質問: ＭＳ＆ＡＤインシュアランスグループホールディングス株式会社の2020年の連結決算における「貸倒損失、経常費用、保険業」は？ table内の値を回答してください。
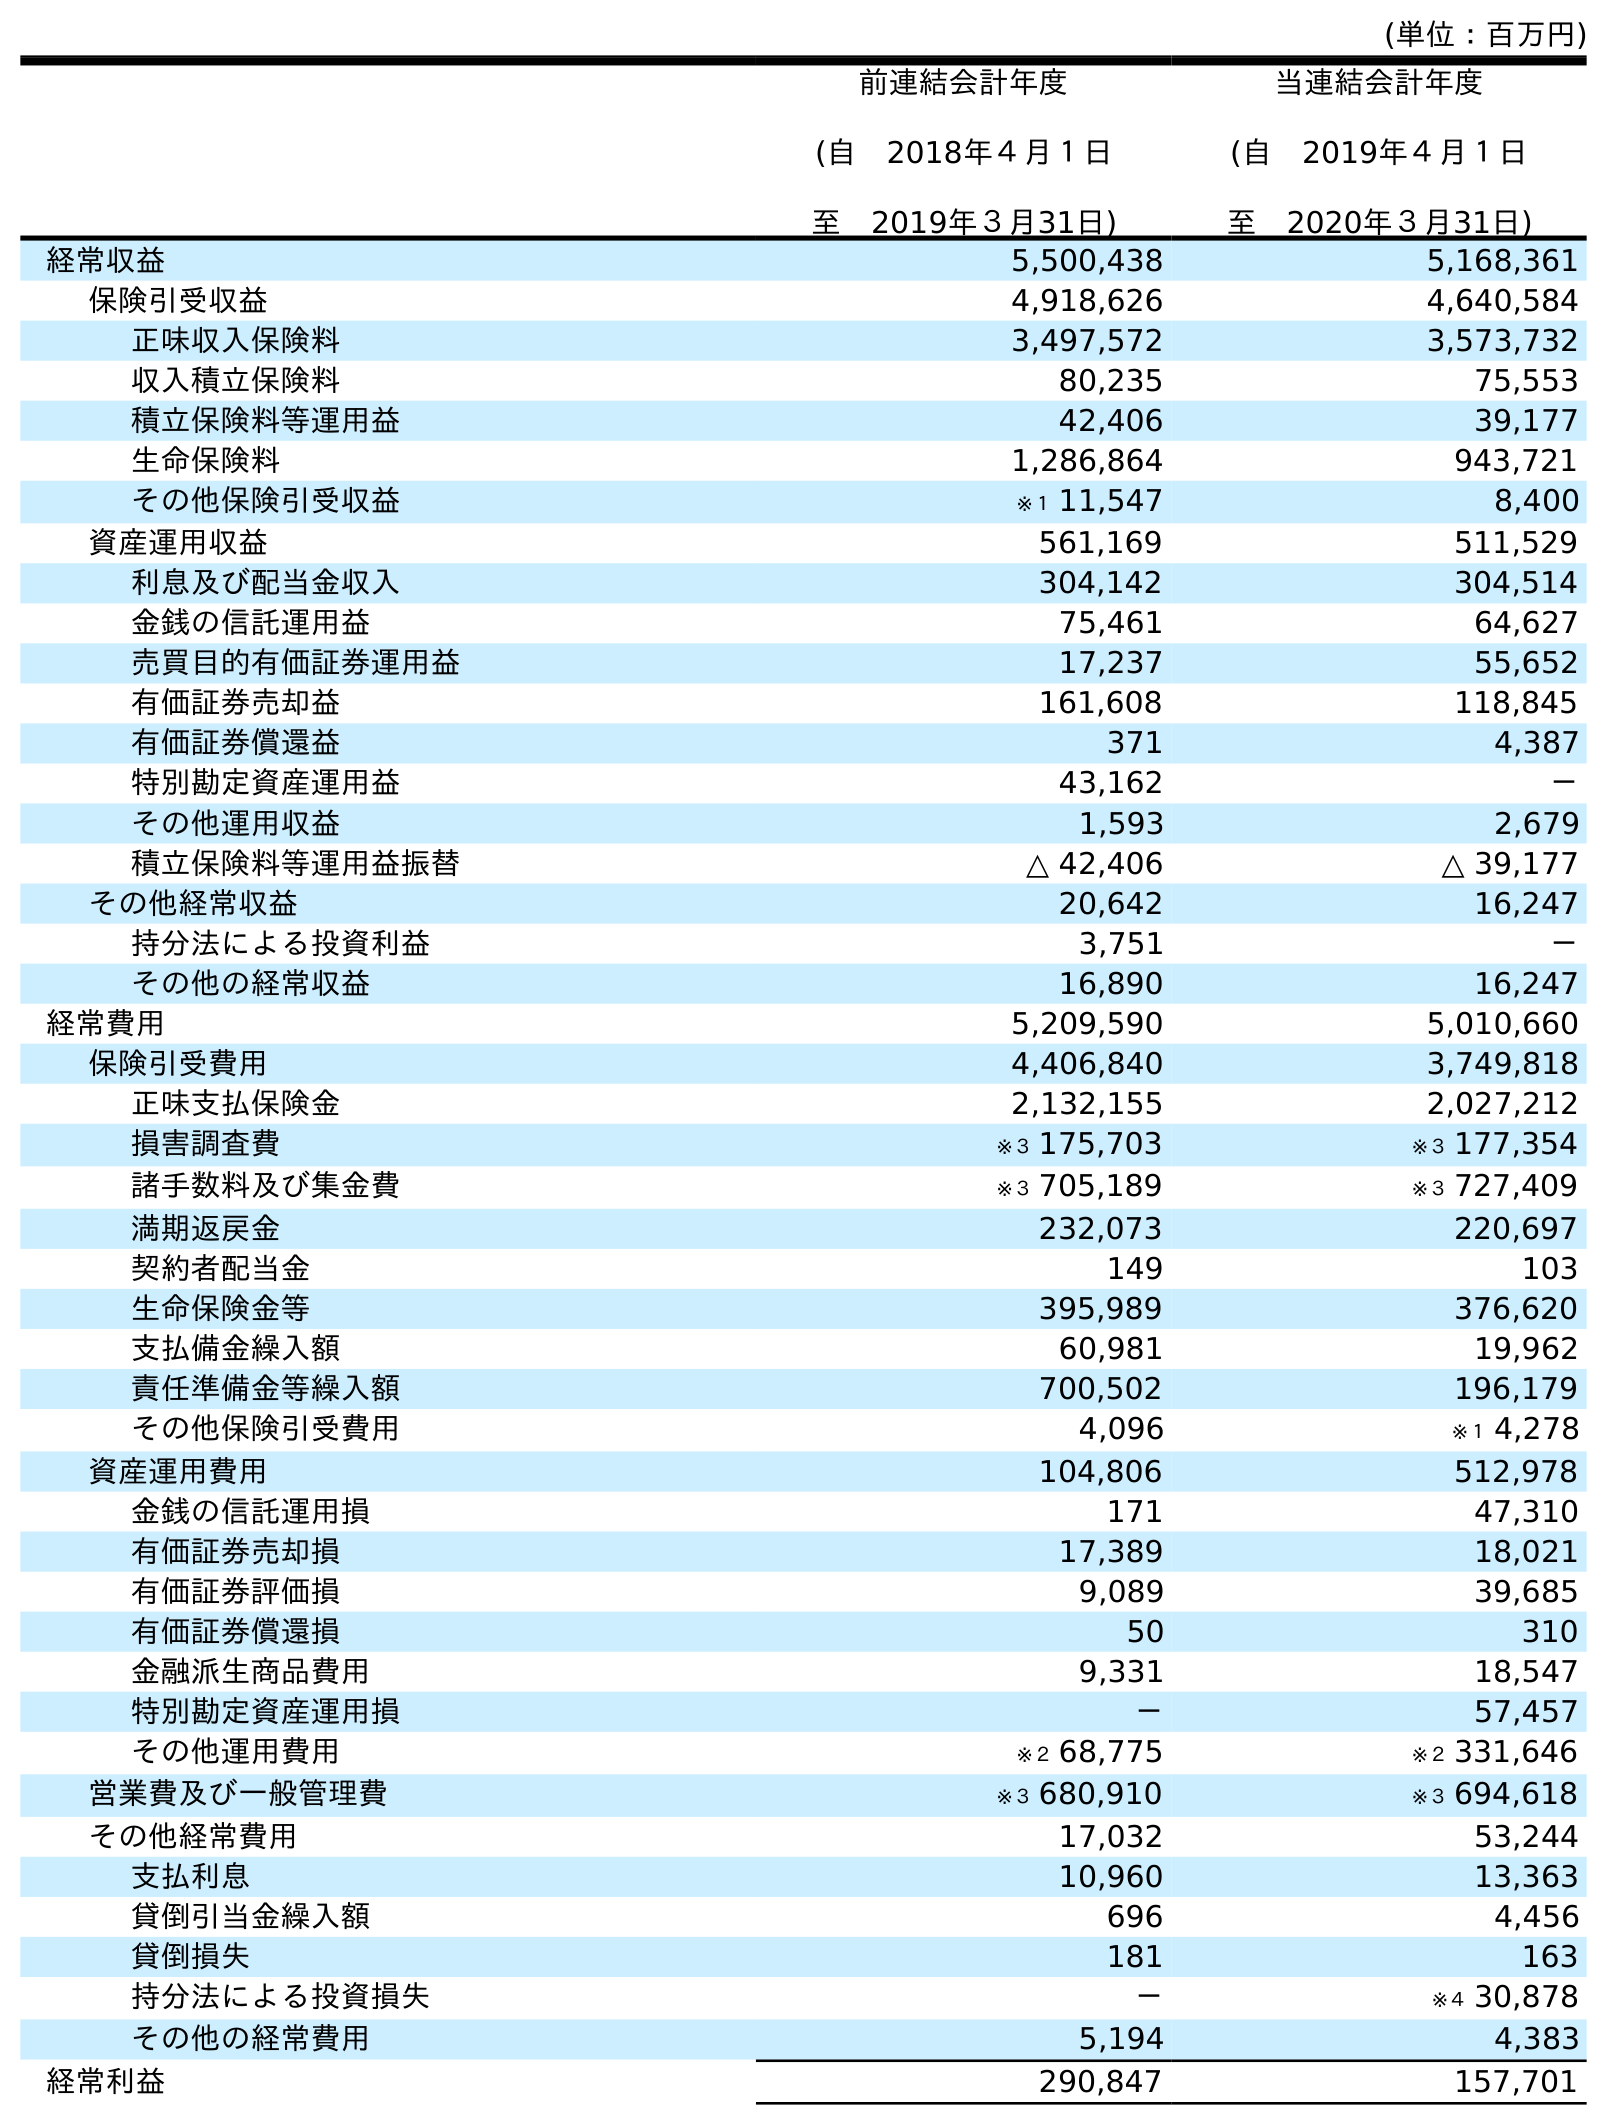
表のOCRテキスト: (単位：百万円) 前連結会計年度 (自 2018年４月１日 至 2019年３月31日) 当連結会計年度 (自 2019年４月１日 至 2020年３月31日) 経常収益 5,500,438 5,168,361 保険引受収益 4,918,626 4,640,584 正味収入保険料 3,497,572 3,573,732 収入積立保険料 80,235 75,553 積立保険料等運用益 42,406 39,177 生命保険料 1,286,864 943,721 その他保険引受収益 ※１ 11,547 8,400 資産運用収益 561,169 511,529 利息及び配当金収入 304,142 304,514 金銭の信託運用益 75,461 64,627 売買目的有価証券運用益 17,237 55,652 有価証券売却益 161,608 118,845 有価証券償還益 371 4,387 特別勘定資産運用益 43,162 － その他運用収益 1,593 2,679 積立保険料等運用益振替 △ 42,406 △ 39,177 その他経常収益 20,642 16,247 持分法による投資利益 3,751 － その他の経常収益 16,890 16,247 経常費用 5,209,590 5,010,660 保険引受費用 4,406,840 3,749,818 正味支払保険金 2,132,155 2,027,212 損害調査費 ※３ 175,703 ※３ 177,354 諸手数料及び集金費 ※３ 705,189 ※３ 727,409 満期返戻金 232,073 220,697 契約者配当金 149 103 生命保険金等 395,989 376,620 支払備金繰入額 60,981 19,962 責任準備金等繰入額 700,502 196,179 その他保険引受費用 4,096 ※１ 4,278 資産運用費用 104,806 512,978 金銭の信託運用損 171 47,310 有価証券売却損 17,389 18,021 有価証券評価損 9,089 39,685 有価証券償還損 50 310 金融派生商品費用 9,331 18,547 特別勘定資産運用損 － 57,457 その他運用費用 ※２ 68,775 ※２ 331,646 営業費及び一般管理費 ※３ 680,910 ※３ 694,618 その他経常費用 17,032 53,244 支払利息 10,960 13,363 貸倒引当金繰入額 696 4,456 貸倒損失 181 163 持分法による投資損失 － ※４ 30,878 その他の経常費用 5,194 4,383 経常利益 290,847 157,701
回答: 163